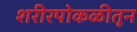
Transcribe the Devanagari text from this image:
शरीरपोकळीतून